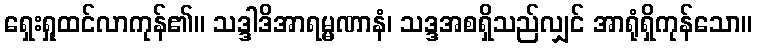
ရှေးရှုထင်လာကုန်၏။ သဒ္ဒါဒိအာရမ္မဏာနံ၊ သဒ္ဒအစရှိသည်လျှင် အာရုံရှိကုန်သော။